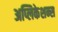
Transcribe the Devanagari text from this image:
अप्लिकेशन्स